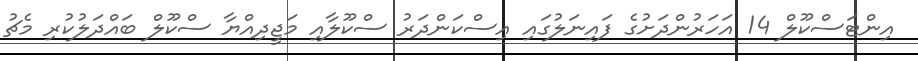
އިންޓަސްކޫލް 14 އަހަރުންދަށުގެ ފައިނަލުގައި އިސްކަންދަރު ސްކޫލާއި މަޖީދިއްޔާ ސްކޫލް ބައްދަލުކުރި މެޗު